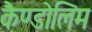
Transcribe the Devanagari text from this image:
कैण्डोलिम